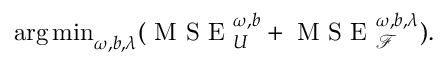
\begin{array} { r } { \operatorname * { a r g \, m i n } _ { \omega , b , \lambda } ( \mathrm { ~ M ~ S ~ E ~ } _ { U } ^ { \omega , b } + \mathrm { ~ M ~ S ~ E ~ } _ { \mathcal { F } } ^ { \omega , b , \lambda } ) . } \end{array}